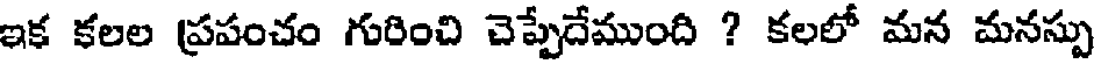
ఇక కలల ప్రపంచం గురించి చెప్పేదేముంది ? కలలో మన మనస్సు